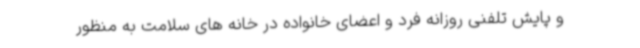
و پایش تلفنی روزانه فرد و اعضای خانواده در خانه های سلامت به منظور